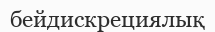
бейдискрециялық